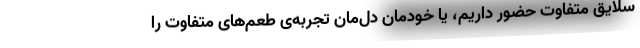
سلایق متفاوت حضور داریم، یا خودمان دل‌مان تجربه‌ی طعم‌های متفاوت را